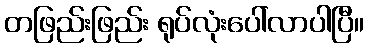
တဖြည်းဖြည်း ရုပ်လုံးပေါ်လာပါပြီ။